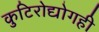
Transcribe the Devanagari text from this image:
कुटिरोद्योगही